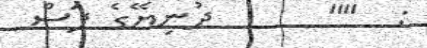
:  ""      ދުނިޔޭގެ ފަސް